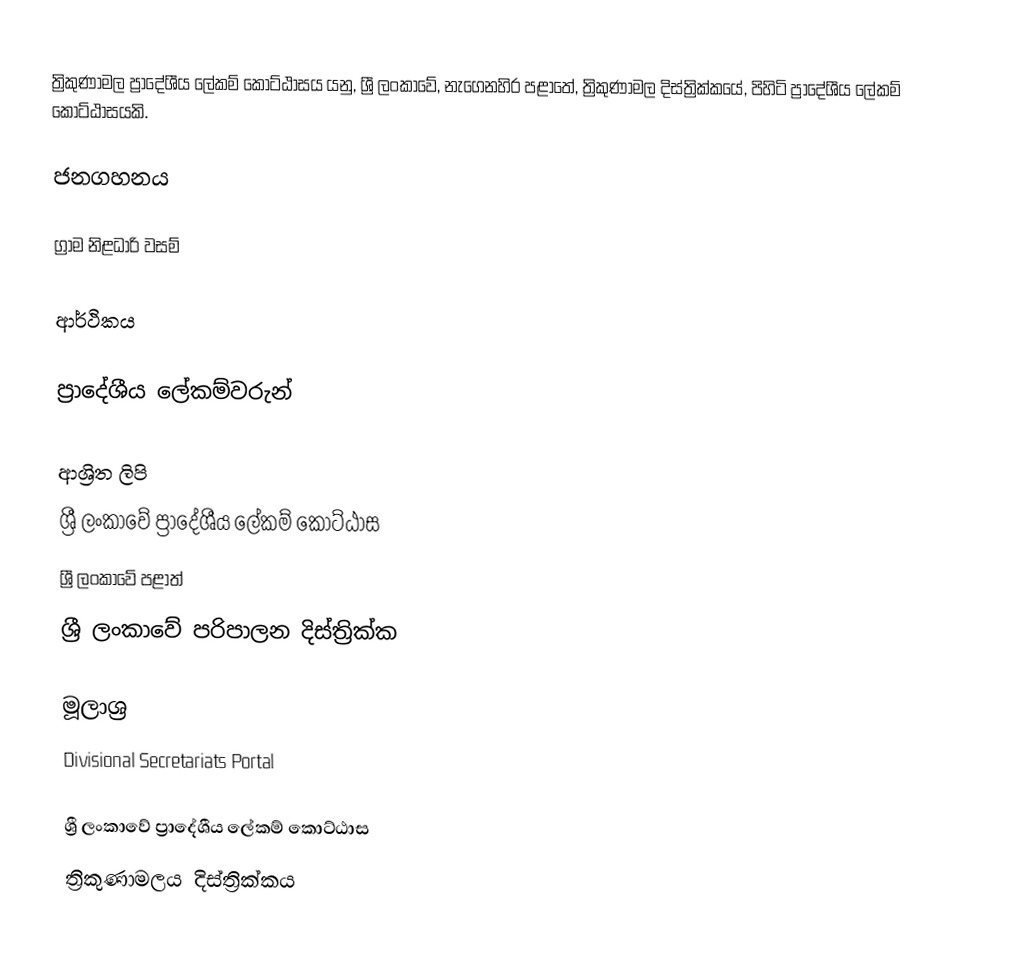
ත්‍රිකුණාමල ප්‍රාදේශීය ලේකම් කොට්ඨාසය යනු,  ශ්‍රී ලංකාවේ, නැගෙනහිර පළාතේ,   ත්‍රිකුණාමල දිස්ත්‍රික්කයේ, පිහිටි ප්‍රාදේශීය ලේකම් කොට්ඨාසයකි.

ජනගහනය

ග්‍රාම නිළධාරි වසම්

ආර්ථිකය

ප්‍රාදේශීය ලේකම්වරුන්

ආශ්‍රිත ලිපි
ශ්‍රී ලංකාවේ ප්‍රාදේශීය ලේකම් කොට්ඨාස
ශ්‍රී ලංකාවේ පළාත්
ශ්‍රී ලංකාවේ පරිපාලන දිස්ත්‍රික්ක

මූලාශ්‍ර
 Divisional Secretariats Portal

ශ්‍රී ලංකාවේ ප්‍රාදේශීය ලේකම් කොට්ඨාස
ත්‍රිකුණාමලය දිස්ත්‍රික්කය